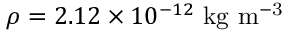
\rho = 2 . 1 2 \times 1 0 ^ { - 1 2 } \ \mathrm { k g \ m ^ { - 3 } }